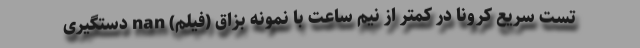
تست سريع کرونا در کمتر از نيم ساعت با نمونه بزاق (فیلم) nan دستگیری